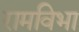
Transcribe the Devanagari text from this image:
रामविभा